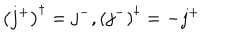
LaTeX: \left( j ^ { + } \right) ^ { \dagger } = j ^ { - } , \left( j ^ { - } \right) ^ { \dagger } = - j ^ { + }